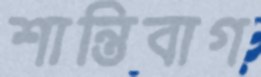
শান্তিবাগ